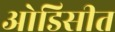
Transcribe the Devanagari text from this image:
ओडिसीत